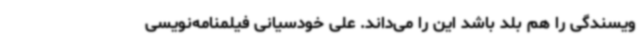
ویسندگی را هم‌ بلد باشد این را می‌داند. علی خودسیانی فیلمنامه‌نویسی